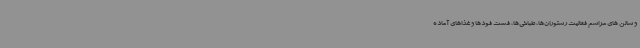
و سالن های مراسم فعالیت رستوران‌ها، طباخی‌ها، فست فودها و غذاهای آماده